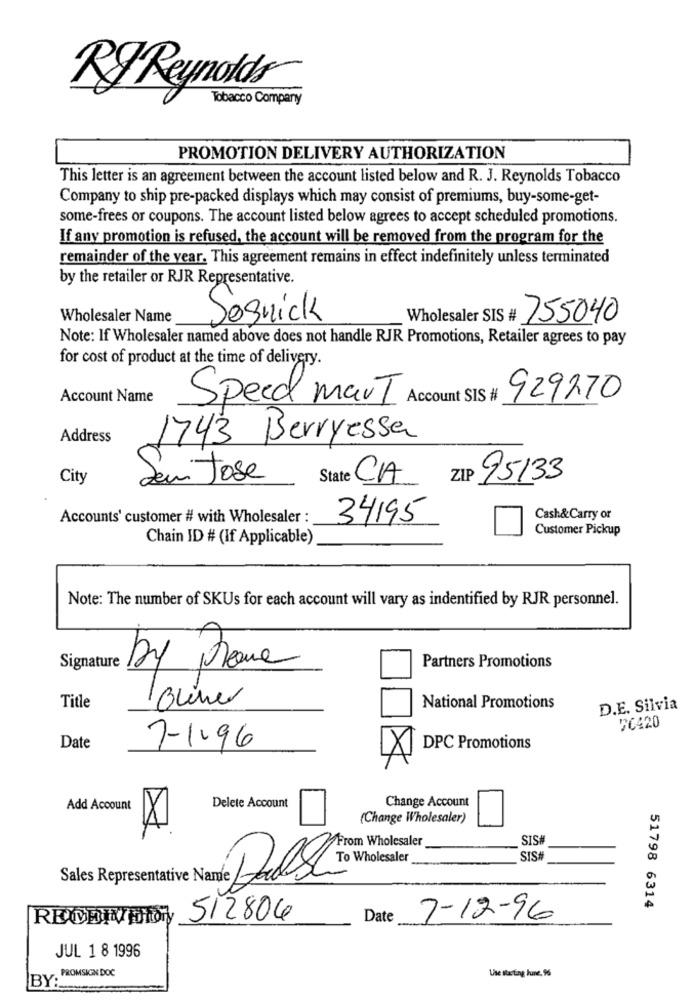
RJ Reynolds
Tobacco Company
PROMOTION DELIVERY AUTHORIZATION
This letter is an agreement between the account listed below and R. J. Reynolds Tobacco
Company to ship pre-packed displays which may consist of premiums, buy-some-get-
some-frees or coupons. The account listed below agrees to accept scheduled promotions.
If any promotion is refused, the account will be removed from the program for the
remainder of the year. This agreement remains in effect indefinitely unless terminated
by the retailer or RJR Representative.
Wholesaler Name
Sosnick
755040
Note: If Wholesaler named above does not handle RJR Promotions, Retailer agrees to pay
for cost of product at the time of delivery.
Account Name
Account SIS #
929270
Speed mart
Address
1743 Berryessa
City
San Jose
State CA
95133
Accounts' customer # with Wholesaler :
34195
Cash&Carry or
Customer Pickup
Chain ID # (If Applicable)
Note: The number of SKUs for each account will vary as indentified by RJR personnel.
Signature
by theme
Partners Promotions
Title
Buiner
National Promotions
D.E. Silvia
20420
Date
7-1-96
DPC Promotions
Change Account
Add Account
Delete Account
X
(Change Wholesaler)
From Wholesaler
SIS
SIS#
Sales Representative Nande LAad
51798 6314
512806
Date
7-12-96
JUL 1 8 1996
PROMSIGN DOC
Use starting June. 9%
BY: